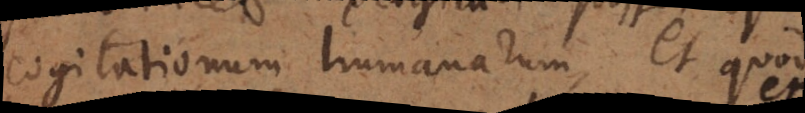
cogitationum humanarum, et quod